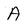
Character: A